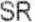
SR